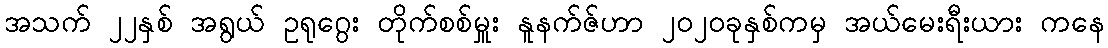
အသက် ၂၂နှစ် အရွယ် ဥရုဂွေး တိုက်စစ်မှူး နူနက်ဇ်ဟာ ၂၀၂၀ခုနှစ်ကမှ အယ်မေးရီးယား ကနေ